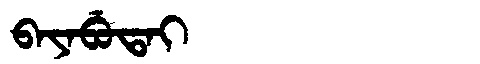
Manchu: ᠪᠠᠶᠠᠪᡠᡨᠠᡳ
Romanization: BAYABUTAI